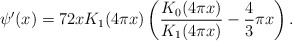
\begin{align*} \psi'(x) = 72 x K_{1}(4 \pi x) \left(\frac{K_{0}(4 \pi x)}{K_{1}(4 \pi x)} - \frac{4}{3} \pi x\right).\end{align*}